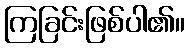
ကြခြင်းဖြစ်ပါ၏။